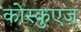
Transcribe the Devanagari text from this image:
कोस्कुएज़